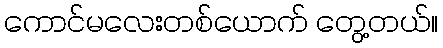
ကောင်မလေးတစ်ယောက် တွေ့တယ်။